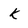
Character: k